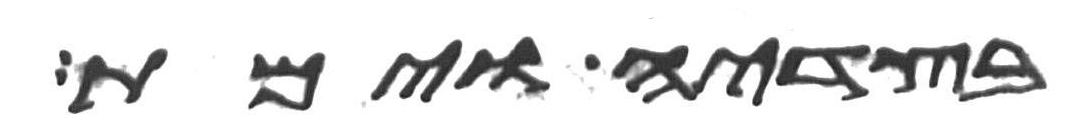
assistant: בצדיה וימת